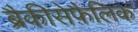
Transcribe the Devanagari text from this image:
ब्रैकीसेफ़ैलिक